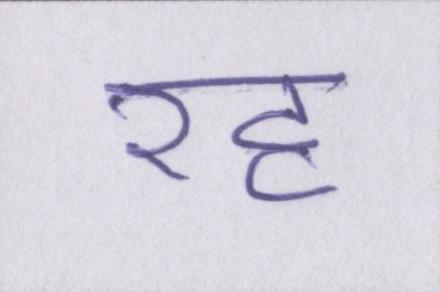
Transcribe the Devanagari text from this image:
रह